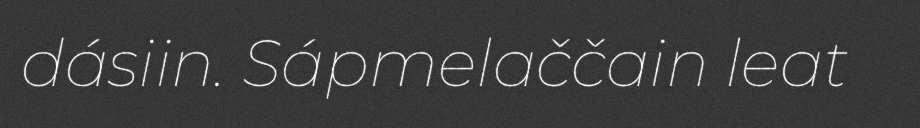
dásiin. Sápmelaččain leat